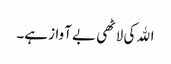
اﷲ کی لاٹھی بے آواز ہے۔